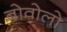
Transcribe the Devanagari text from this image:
बोवोलो